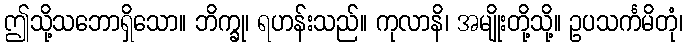
ဤသို့သဘောရှိသော။ ဘိက္ခု၊ ရဟန်းသည်။ ကုလာနိ၊ အမျိုးတို့သို့။ ဥပသင်္ကမိတုံ၊